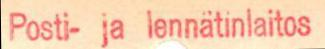
Posti- ja lennätinlaitos